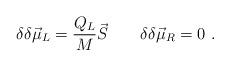
LaTeX: \begin{align*}\delta\delta\vec\mu_L={Q_L\over M}\vec S\qquad \delta\delta\vec\mu_R=0\ .\end{align*}